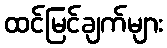
ထင်မြင်ချက်များ